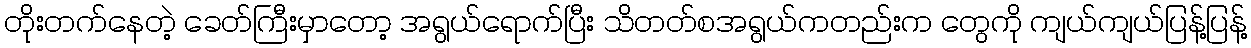
တိုးတက်နေတဲ့ ခေတ်ကြီးမှာတော့ အရွယ်ရောက်ပြီး သိတတ်စအရွယ်ကတည်းက တွေကို ကျယ်ကျယ်ပြန့်ပြန့်